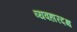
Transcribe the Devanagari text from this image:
व्यवहारदक्ष